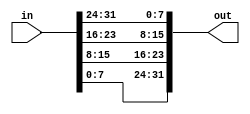
//byte reversing
//This operation is often used when the endianness of a piece of data needs to be swapped, 
//for example between little-endian x86 systems and the big-endian formats used in many Internet protocols.
`default_nettype none

module top_module( 
    input [31:0] in,
    output [31:0] out );//

    assign out[7:0] = in[31:24];
    assign out[15:8] = in[23:16];
    assign out[23:16] = in[15:8];
    assign out[31:24] = in[7:0];
endmodule